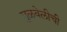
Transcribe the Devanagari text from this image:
गुळवेलीची